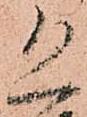
恐